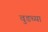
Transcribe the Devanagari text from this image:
वुडच्या